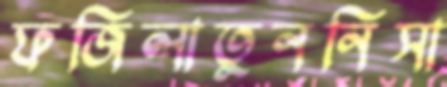
ফজিলাতুননিসা